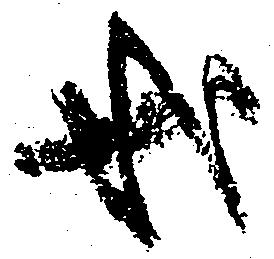
哉